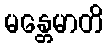
မန္တေမာတိ